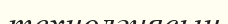
технолгиясын